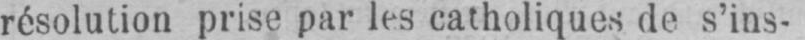
résolution prise par les catholiques de s’ins-